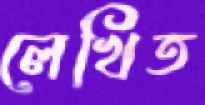
লেখিত